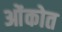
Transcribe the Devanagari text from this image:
ओंकोत